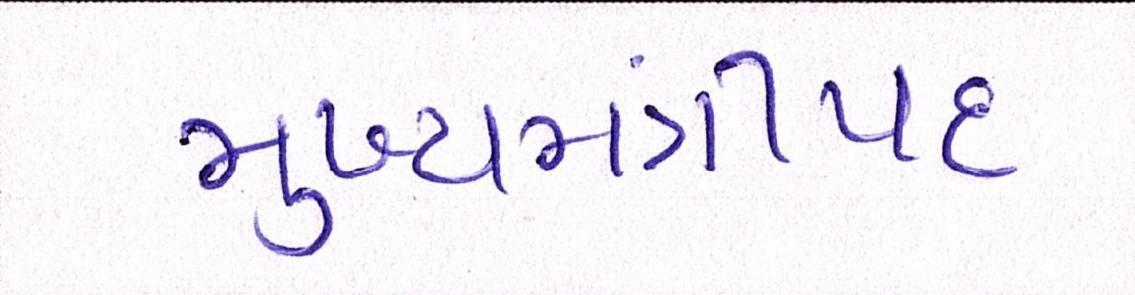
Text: મુખ્યમંત્રીપદ